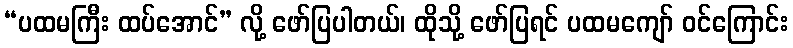
“ပထမကြီး ထပ်အောင်” လို့ ဖော်ပြပါတယ်၊ ထိုသို့ ဖော်ပြရင် ပထမကျော် ဝင်ကြောင်း